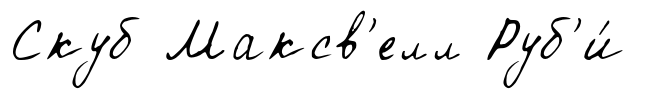
Скуб Максв'елл Руб'и́